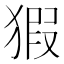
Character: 猳